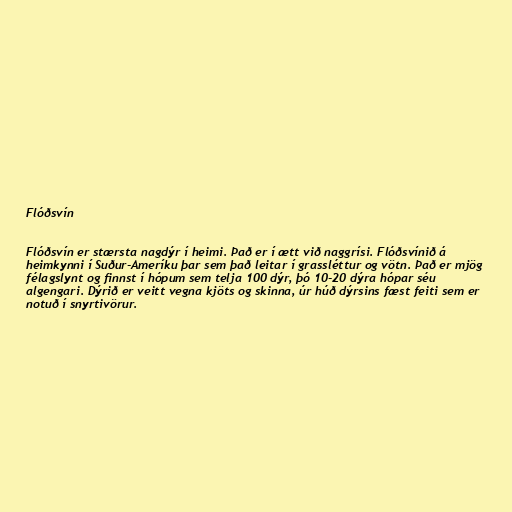
Flóðsvín

Flóðsvín er stærsta nagdýr í heimi. Það er í ætt við naggrísi. Flóðsvínið á
heimkynni í Suður-Ameríku þar sem það leitar í grassléttur og vötn. Það er mjög
félagslynt og finnst í hópum sem telja 100 dýr, þó 10-20 dýra hópar séu
algengari. Dýrið er veitt vegna kjöts og skinna, úr húð dýrsins fæst feiti sem er
notuð í snyrtivörur.